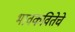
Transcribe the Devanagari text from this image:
भावकवितेचे